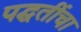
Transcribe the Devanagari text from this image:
पद्घतींचा